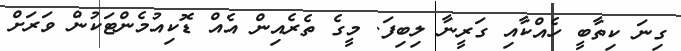
ގިނަ ކިތާބީ ހެއްކާއި ގަރީނާ ލިބިފަ. މީގެ ތެރެއިން އެއް ޑޮކިއުމެންޓަކުން ވަރަށް